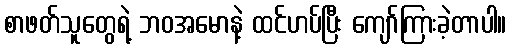
စာဖတ်သူတွေရဲ့ ဘဝအမောနဲ့ ထင်ဟပ်ပြီး ကျော်ကြားခဲ့တာပါ။